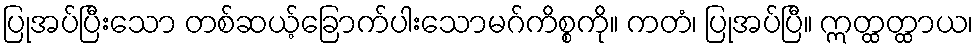
ပြုအပ်ပြီးသော တစ်ဆယ့်ခြောက်ပါးသောမဂ်ကိစ္စကို။ ကတံ၊ ပြုအပ်ပြီ။ ဣတ္ထတ္ထာယ၊